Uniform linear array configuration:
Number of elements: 48
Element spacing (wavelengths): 0.5
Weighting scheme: blackman
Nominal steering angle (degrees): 30
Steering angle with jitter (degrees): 28.602
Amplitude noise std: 0.05
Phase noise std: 0.05

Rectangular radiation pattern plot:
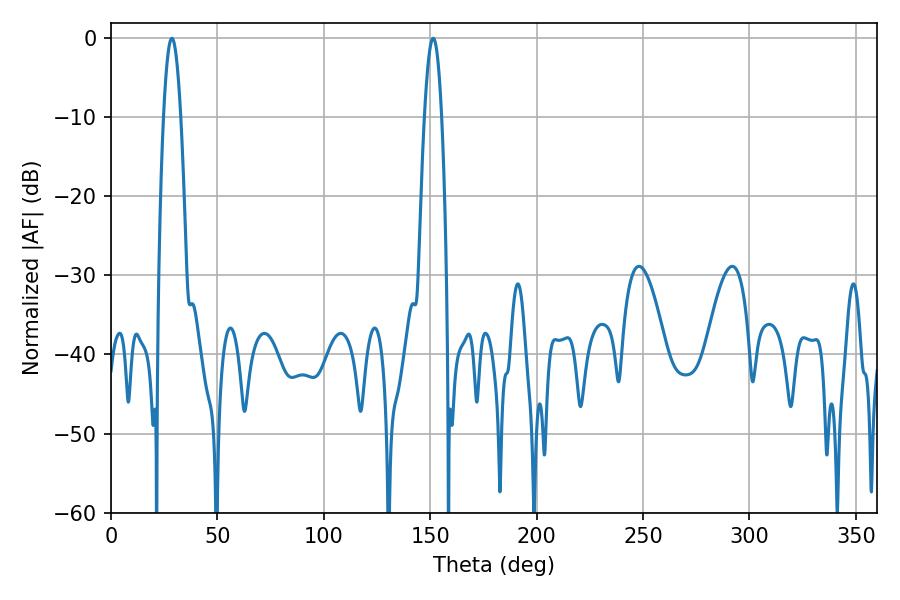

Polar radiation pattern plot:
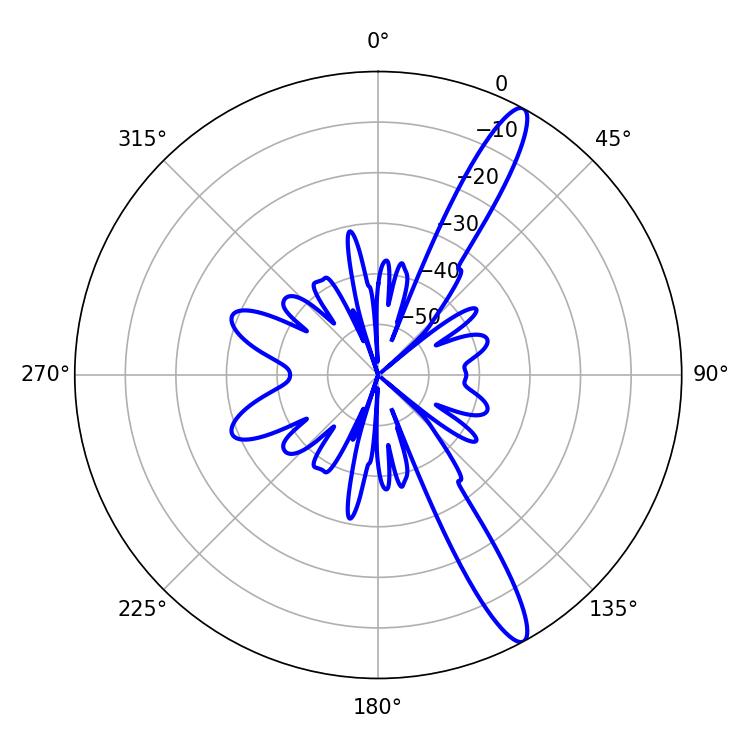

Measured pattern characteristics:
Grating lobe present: FALSE
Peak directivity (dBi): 13.973
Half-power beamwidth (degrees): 4.32
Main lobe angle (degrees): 28.62